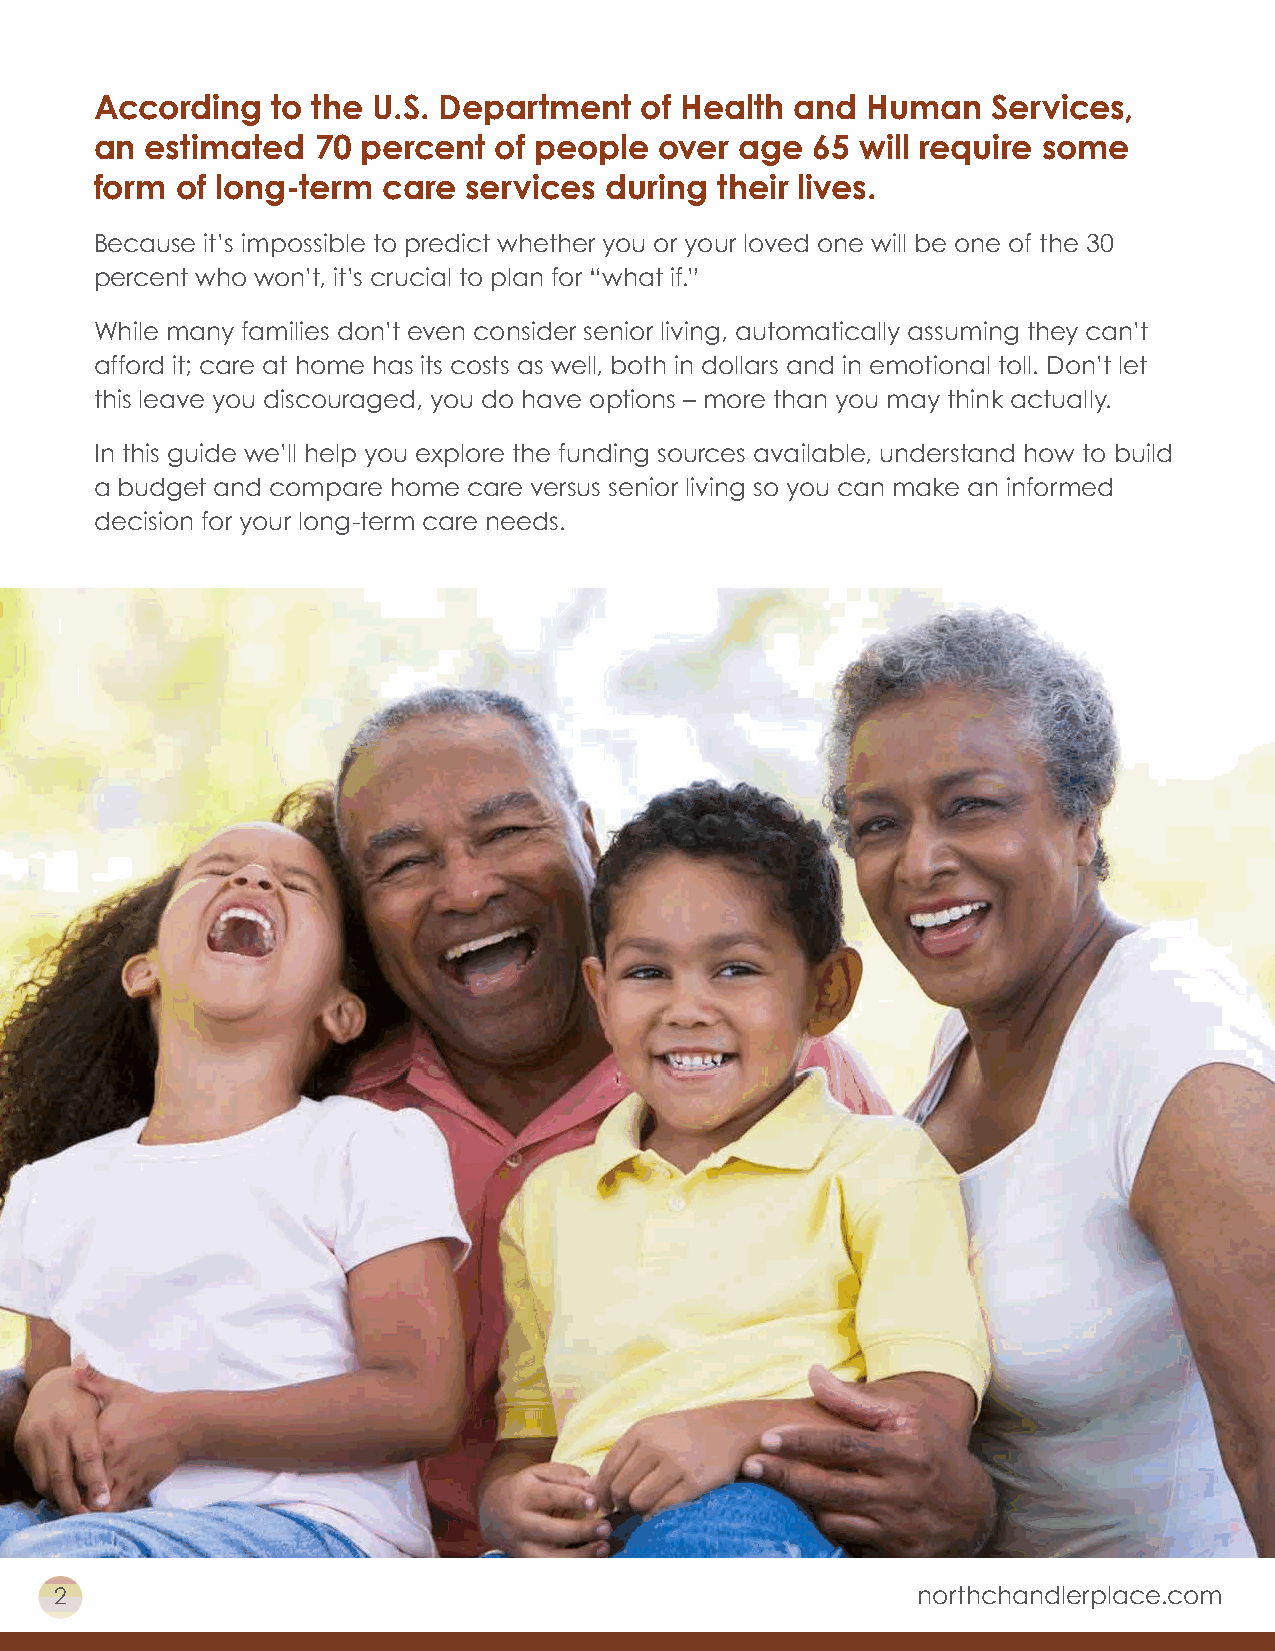
According   to the U.S. Department  of Health  and Human    Services,
 an  estimated  70 percent  of people  over age  65 will require some
 form  of long-term care  services during  their lives.
 Because it’s impossible to predict whether you or your loved one will be one of the 30
 percent who won’t, it’s crucial to plan for “what if.”
 While many families don’t even consider senior living, automatically assuming they can’t
 afford it; care at home has its costs as well, both in dollars and in emotional toll. Don’t let
 this leave you discouraged, you do have options – more than you may think actually.
 In this guide we’ll help you explore the funding sources available, understand how to build
 a budget and compare home care versus senior living so you can make an informed
 decision for your long-term care needs.
 2                                                        northchandlerplace.com